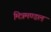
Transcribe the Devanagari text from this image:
मित्रमण्डल